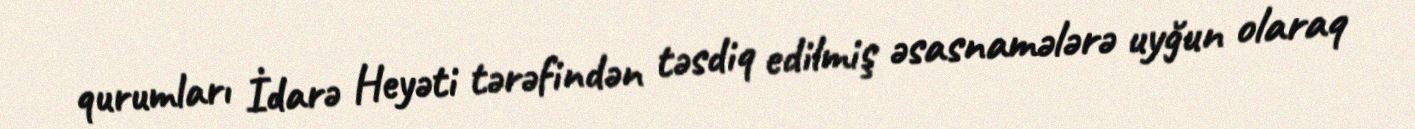
qurumları İdarə Heyəti tərəfindən təsdiq edilmiş əsasnamələrə uyğun olaraq